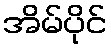
အိမ်ပိုင်